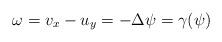
LaTeX: \begin{align*} \omega = v_x - u_y = -\Delta \psi = \gamma(\psi) \end{align*}